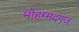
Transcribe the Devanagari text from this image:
मोहम्मदगंज